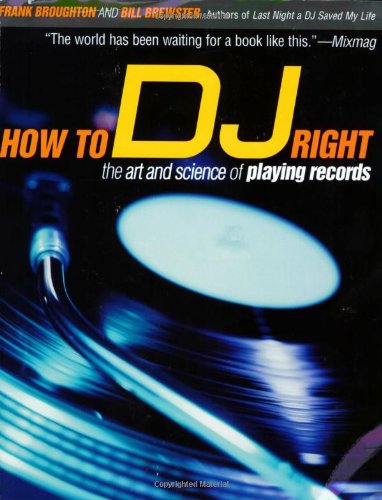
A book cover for How to DJ Right: The Art and Science of Playing Records; Frank Broughton; Humor & Entertainment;